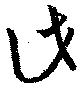
此